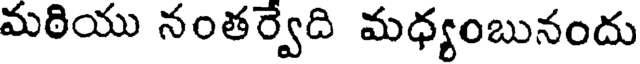
మఠియు నంతర్వేది మధ్యంబునందు